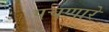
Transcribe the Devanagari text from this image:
पचणारे